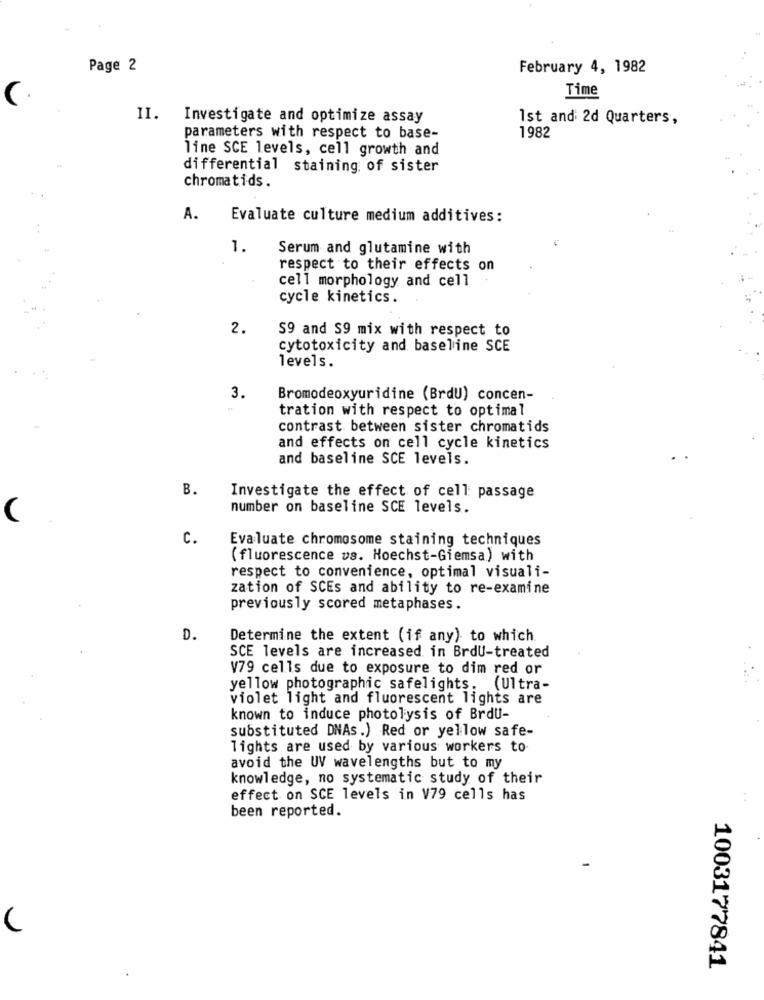
Page 2
February 4, 1982
Time
II. Investigate and optimize assay
1st and: 2d Quarters,
parameters with respect to base-
1982
line SCE levels, cell growth and
differential staining of sister
chromatids.
A.
Evaluate culture medium additives:
1.
Serum and glutamine with
respect to their effects on
cell morphology and cell
cycle kinetics.
2.
S9 and S9 mix with respect to
cytotoxicity and baseline SCE
levels.
3.
Bromodeoxyuridine (BrdU) concen-
tration with respect to optimal
contrast between sister chromatids
and effects on cell cycle kinetics
and baseline SCE levels.
B.
Investigate the effect of cell: passage
number on baseline SCE levels.
C.
Evaluate chromosome staining techniques
( fluorescence vs. Hoechst-Giemsa) with
respect to convenience, optimal visuali-
zation of SCEs and ability to re-examine
previously scored metaphases.
D.
Determine the extent (if any) to which
SCE levels are increased in BrdU-treated
V79 cells due to exposure to dim red or
yellow photographic safelights. (Ultra-
violet light and fluorescent lights are
known to induce photolysis of Brdu-
substituted DNAs.) Red or yellow safe-
lights are used by various workers to
avoid the UV wavelengths but to my
knowledge, no systematic study of their
effect on SCE levels in V79 cells has
been reported.
1003177841